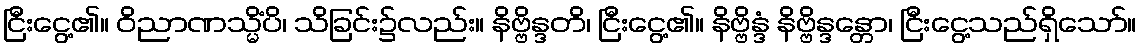
ငြီးငွေ့၏။ ဝိညာဏသ္မိံပိ၊ သိခြင်း၌လည်း။ နိဗ္ဗိန္ဒတိ၊ ငြီးငွေ့၏။ နိဗ္ဗိန္ဒံ နိဗ္ဗိန္ဒန္တော၊ ငြီးငွေ့သည်ရှိသော်။